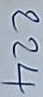
224